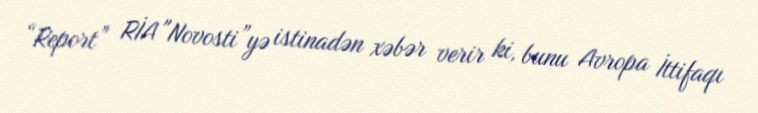
“Report” RİA "Novosti”yə istinadən xəbər verir ki, bunu Avropa İttifaqı